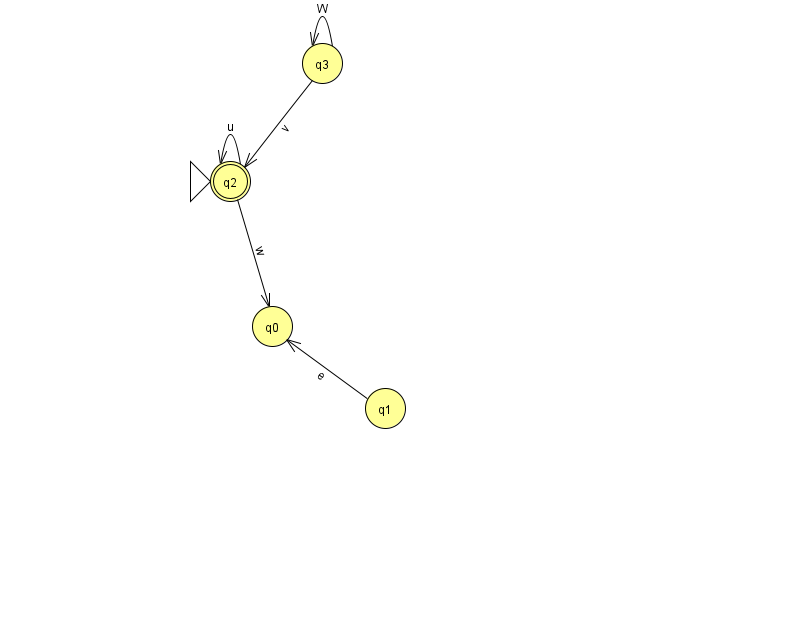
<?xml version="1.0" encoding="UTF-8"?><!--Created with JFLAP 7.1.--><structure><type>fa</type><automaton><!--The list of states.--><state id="0" name="q0"><x>272.0</x><y>313.0</y></state><state id="1" name="q1"><x>385.0</x><y>395.0</y></state><state id="2" name="q2"><x>230.0</x><y>168.0</y><initial/><final/></state><state id="3" name="q3"><x>322.0</x><y>50.0</y></state><!--The list of transitions.--><transition><from>2</from><to>2</to><read>u</read></transition><transition><from>3</from><to>3</to><read>W</read></transition><transition><from>2</from><to>0</to><read>w</read></transition><transition><from>1</from><to>0</to><read>e</read></transition><transition><from>3</from><to>2</to><read>v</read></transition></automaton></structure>